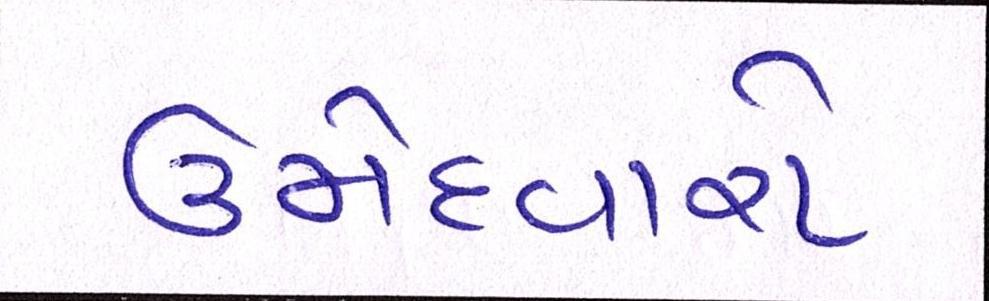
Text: ઉમેદવારો